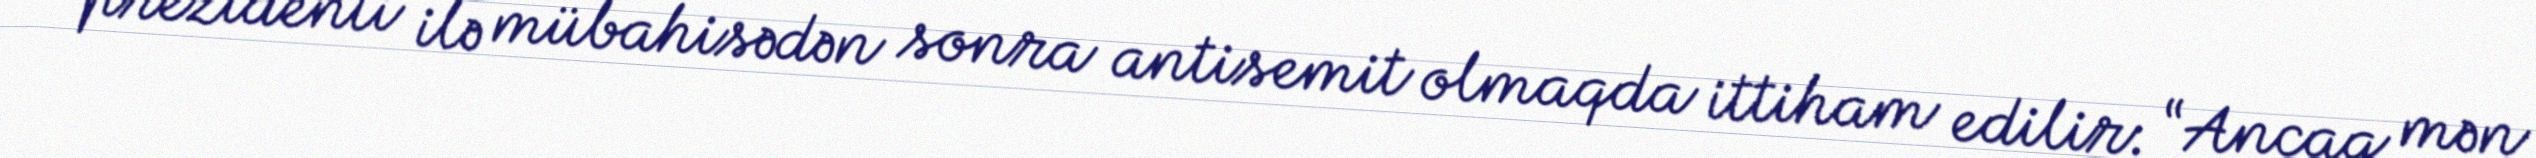
prezidenti ilə mübahisədən sonra antisemit olmaqda ittiham edilir: “Ancaq mən